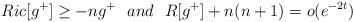
LaTeX: \begin{align*} Ric[g^+] \geq -ng^+ \ \ and \ \ R[g^+] + n(n +1) = o(e^{-2t})\end{align*}